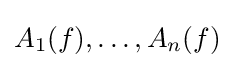
A_{1}(f),\ldots ,A_{n}(f)